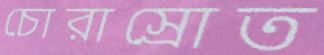
চোরাস্রোত